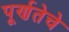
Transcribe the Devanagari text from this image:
पूर्णतेचे